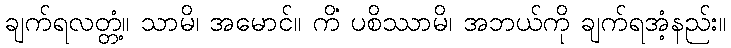
ချက်ရလတ္တံ့။ သာမိ၊ အမောင်။ ကိံ ပစိဿာမိ၊ အဘယ်ကို ချက်ရအံ့နည်း။